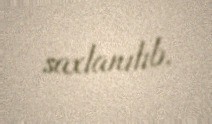
saxlanılıb.